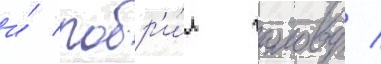
и́ побр'и́л голову /